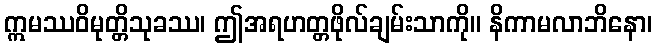
ဣမဿဝိမုတ္တိသုခဿ၊ ဤအရဟတ္တဖိုလ်ချမ်းသာကို။ နိကာမလာဘိနော၊